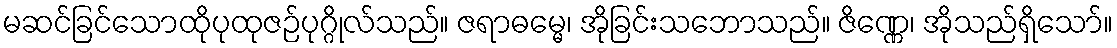
မဆင်ခြင်သောထိုပုထုဇဉ်ပုဂ္ဂိုလ်သည်။ ဇရာဓမ္မေ၊ အိုခြင်းသဘောသည်။ ဇိဏ္ဏေ၊ အိုသည်ရှိသော်။